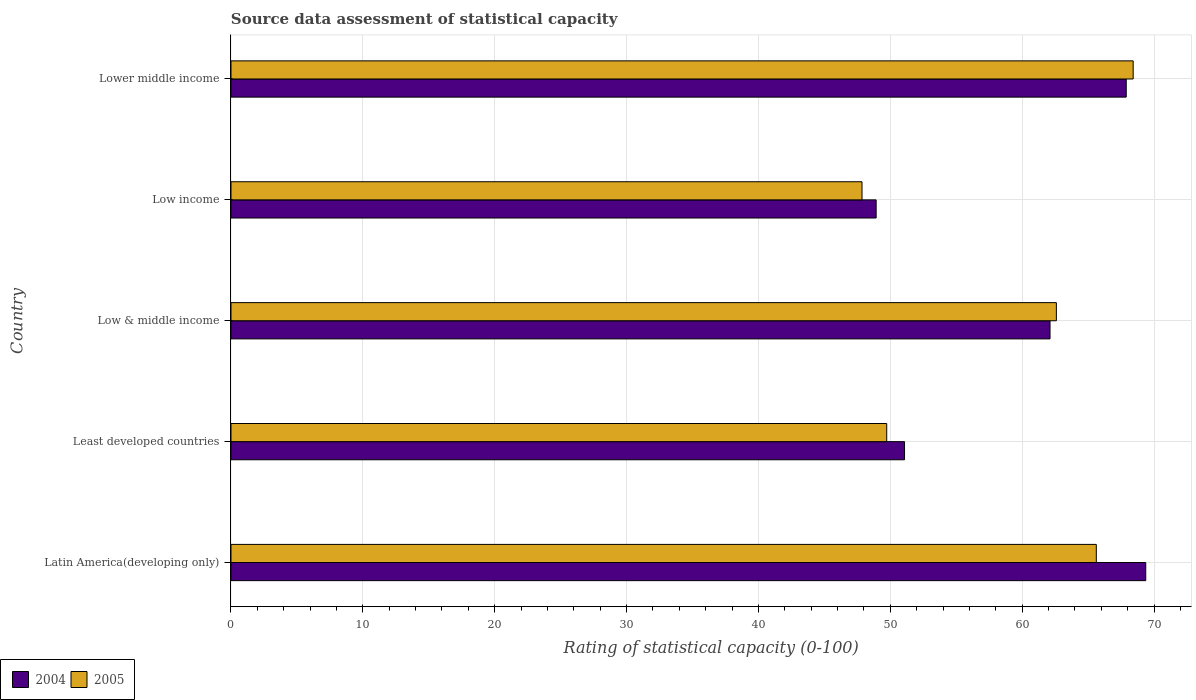
| Country | 2004 | 2005 |
 | --- | --- | --- |
 | Latin America(developing only) | 69.4 | 65.6 |
 | Least developed countries | 51.1 | 49.7 |
 | Low & middle income | 62.1 | 62.6 |
 | Low income | 48.9 | 47.9 |
 | Lower middle income | 67.9 | 68.4 |